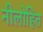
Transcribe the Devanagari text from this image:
नीलोहित